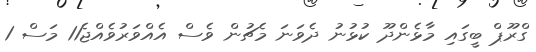
ގްރޫޕް ބީގައި މާޅެންދޫ ކުޅުނު ދެވަނަ މެޗުން ވެސް އެއްވަރުވެއްޖެ11 މަސް 1